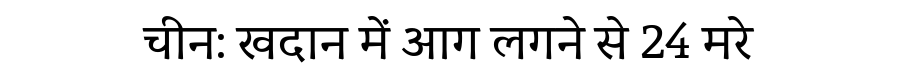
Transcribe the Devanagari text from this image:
चीन: खदान में आग लगने से 24 मरे